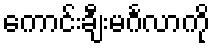
ကောင်းချီးမင်္ဂလာကို